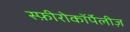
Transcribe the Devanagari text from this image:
स्फ़ीरोकॉर्पेलीज़